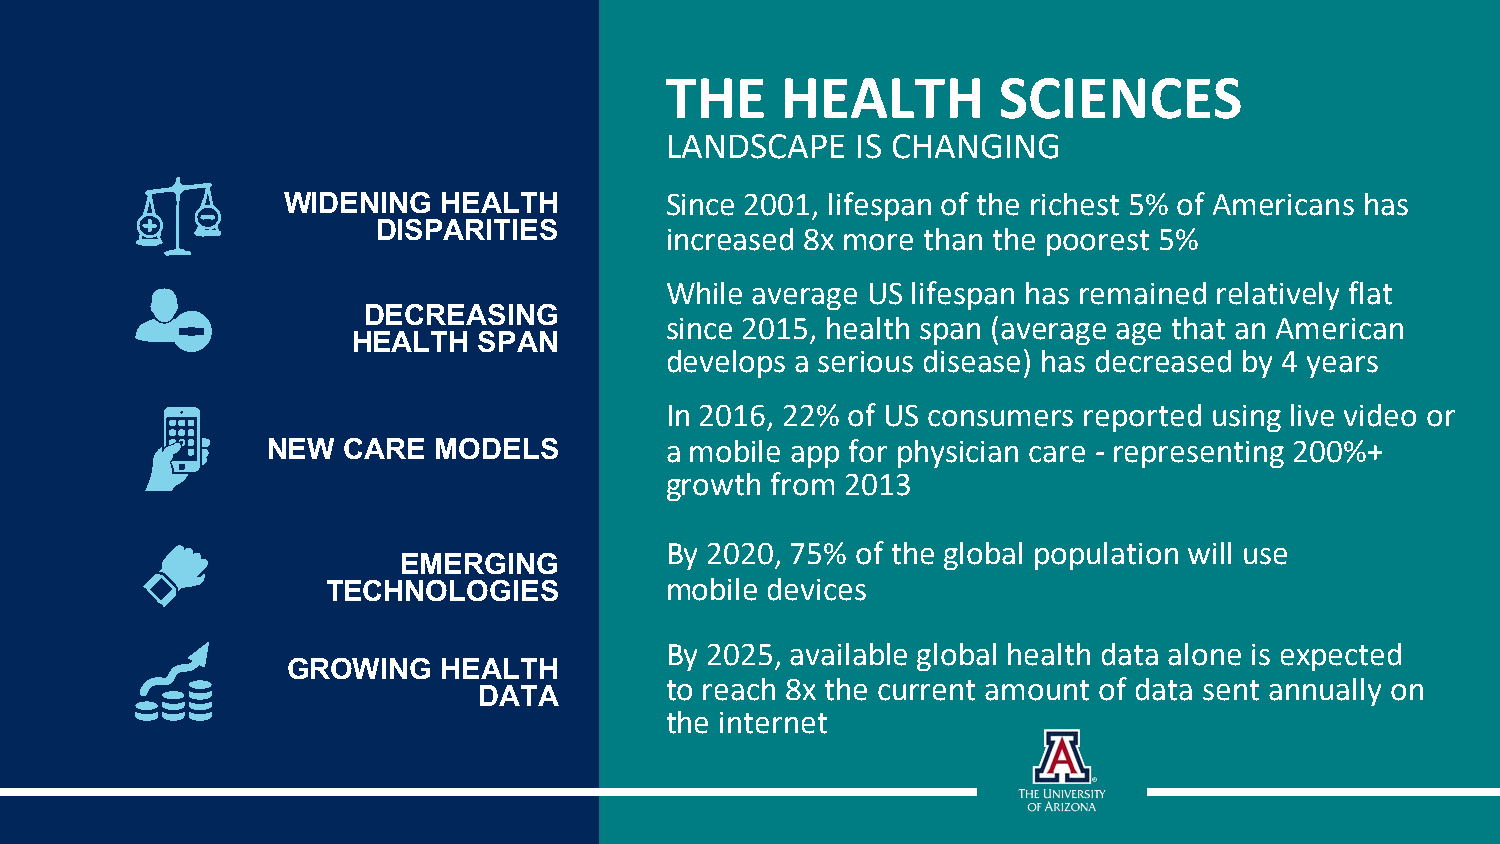
THE     HEALTH        SCIENCES
 LANDSCAPE    IS CHANGING
 WIDENING  HEALTH         Since 2001, lifespan of the richest 5% of Americans has
 DISPARITIES
 increased 8x more than the poorest 5%
 While average US lifespan has remained relatively flat
 DECREASING
 since 2015, health span (average age that an American
 HEALTH   SPAN
 develops a serious disease) has decreased by 4 years
 In 2016, 22% of US consumers reported using live video or
 NEW  CARE  MODELS         a mobile app for physician care - representing 200%+
 growth from 2013
 By 2020, 75% of the global population will use
 EMERGING
 TECHNOLOGIES          mobile devices
 By 2025, available global health data alone is expected
 GROWING   HEALTH
 to reach 8x the current amount of data sent annually on
 DATA
 the internet